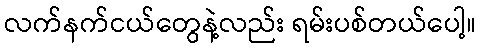
လက်နက်ငယ်တွေနဲ့လည်း ရမ်းပစ်တယ်ပေါ့။